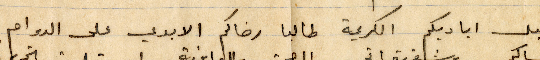
اقبل اياديكم الكريمة طالبًا رضاكم الابدي على الدوام